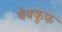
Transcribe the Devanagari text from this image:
बेबकूफ